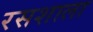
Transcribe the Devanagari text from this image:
रसशाला